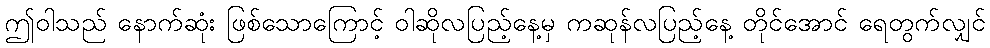
ဤဝါသည် နောက်ဆုံး ဖြစ်သောကြောင့် ဝါဆိုလပြည့်နေ့မှ ကဆုန်လပြည့်နေ့ တိုင်အောင် ရေတွက်လျှင်